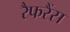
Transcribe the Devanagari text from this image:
रैफरैंस